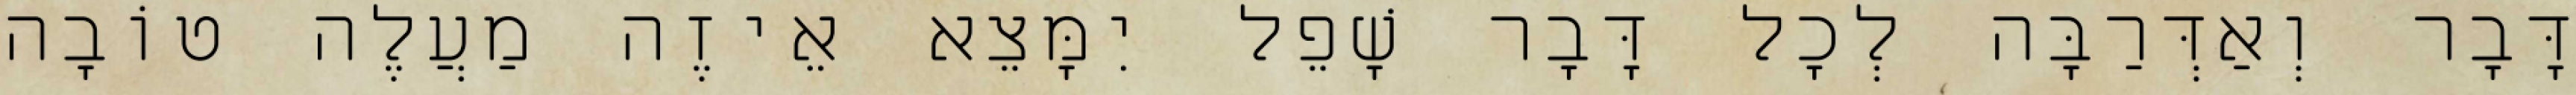
דָּבָר וְאַדְּרַבָּה לְכׇל דָּבָר שָׁפֵל יִמָּצֵא אֵיזֶה מַעֲלֶה טוֹבָה